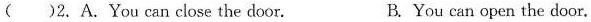
( )2.A.You can close the door. B.You can open the door.